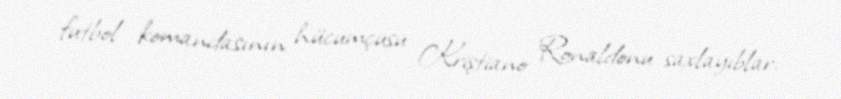
futbol komandasının hücumçusu Kriştiano Ronaldonu saxlayıblar.